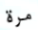
مرة